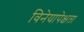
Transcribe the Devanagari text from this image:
विनेयापेक्षता